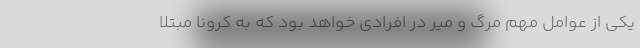
یکی از عوامل مهم مرگ و میر در افرادی خواهد بود که به کرونا مبتلا